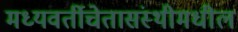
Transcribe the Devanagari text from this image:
मध्यवर्तीचेतासंस्थीमधील